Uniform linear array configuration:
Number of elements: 12
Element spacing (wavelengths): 0.25
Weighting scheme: binomial
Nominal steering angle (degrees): -30
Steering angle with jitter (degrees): -29.933
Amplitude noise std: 0.05
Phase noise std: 0.05

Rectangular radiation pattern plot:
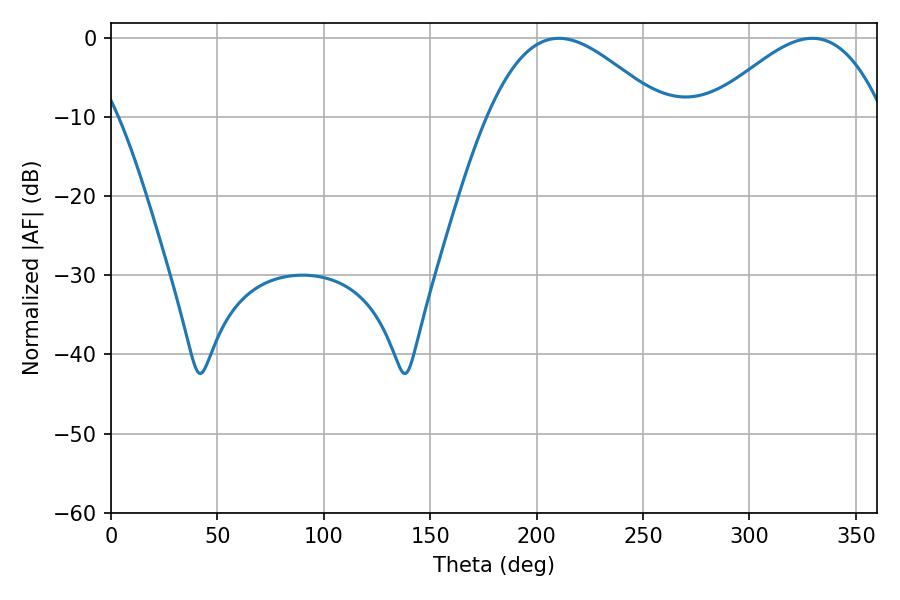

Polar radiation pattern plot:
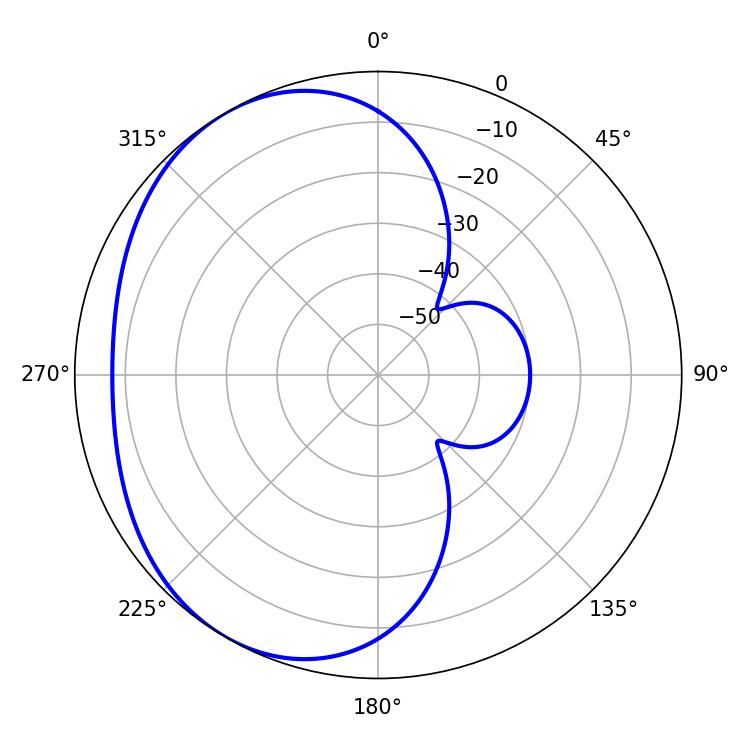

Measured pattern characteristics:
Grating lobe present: FALSE
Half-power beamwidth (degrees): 44.28
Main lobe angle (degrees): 210.42